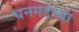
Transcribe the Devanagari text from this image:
घनगडच्या